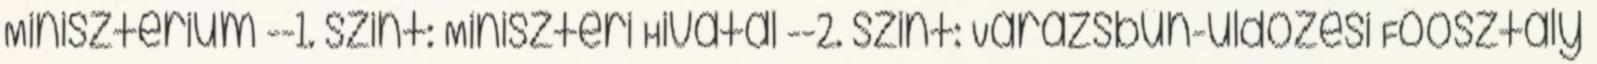
Minisztérium --1. szint: Miniszteri Hivatal --2. szint: Varázsbűn-üldözési Főosztály